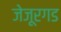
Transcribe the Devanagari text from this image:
जेजूरगड